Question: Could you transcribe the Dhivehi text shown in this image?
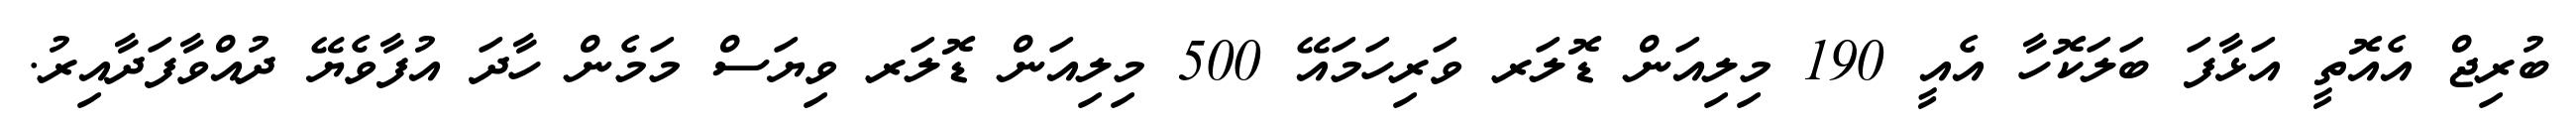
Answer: ބުރިޖް އެއޮތީ އަޅާފަ ބަލަކޮހާ އެއީ 190 މިލިއަން ޑޮލަރ ވަރިހަމައޭ 500 މިލިއަން ޑޮލަރ ވިޔަސް މަމެން ހާދަ އުފާވެޔޭ ދުއްވާފަދާއިރު.